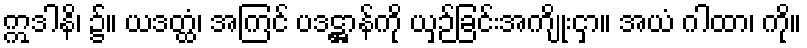
ဣဒါနိ၊ ၌။ ယဒတ္ထံ၊ အကြင် ပဒဋ္ဌာန်ကို ယှဉ်ခြင်းအကျိုးငှာ။ အယံ ဂါထာ၊ ကို။